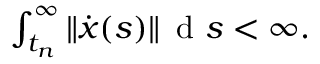
\begin{array} { r } { \int _ { t _ { n } } ^ { \infty } \| \dot { { \boldsymbol x } } ( s ) \| \, \mathrm { ~ d ~ } s < \infty . } \end{array}